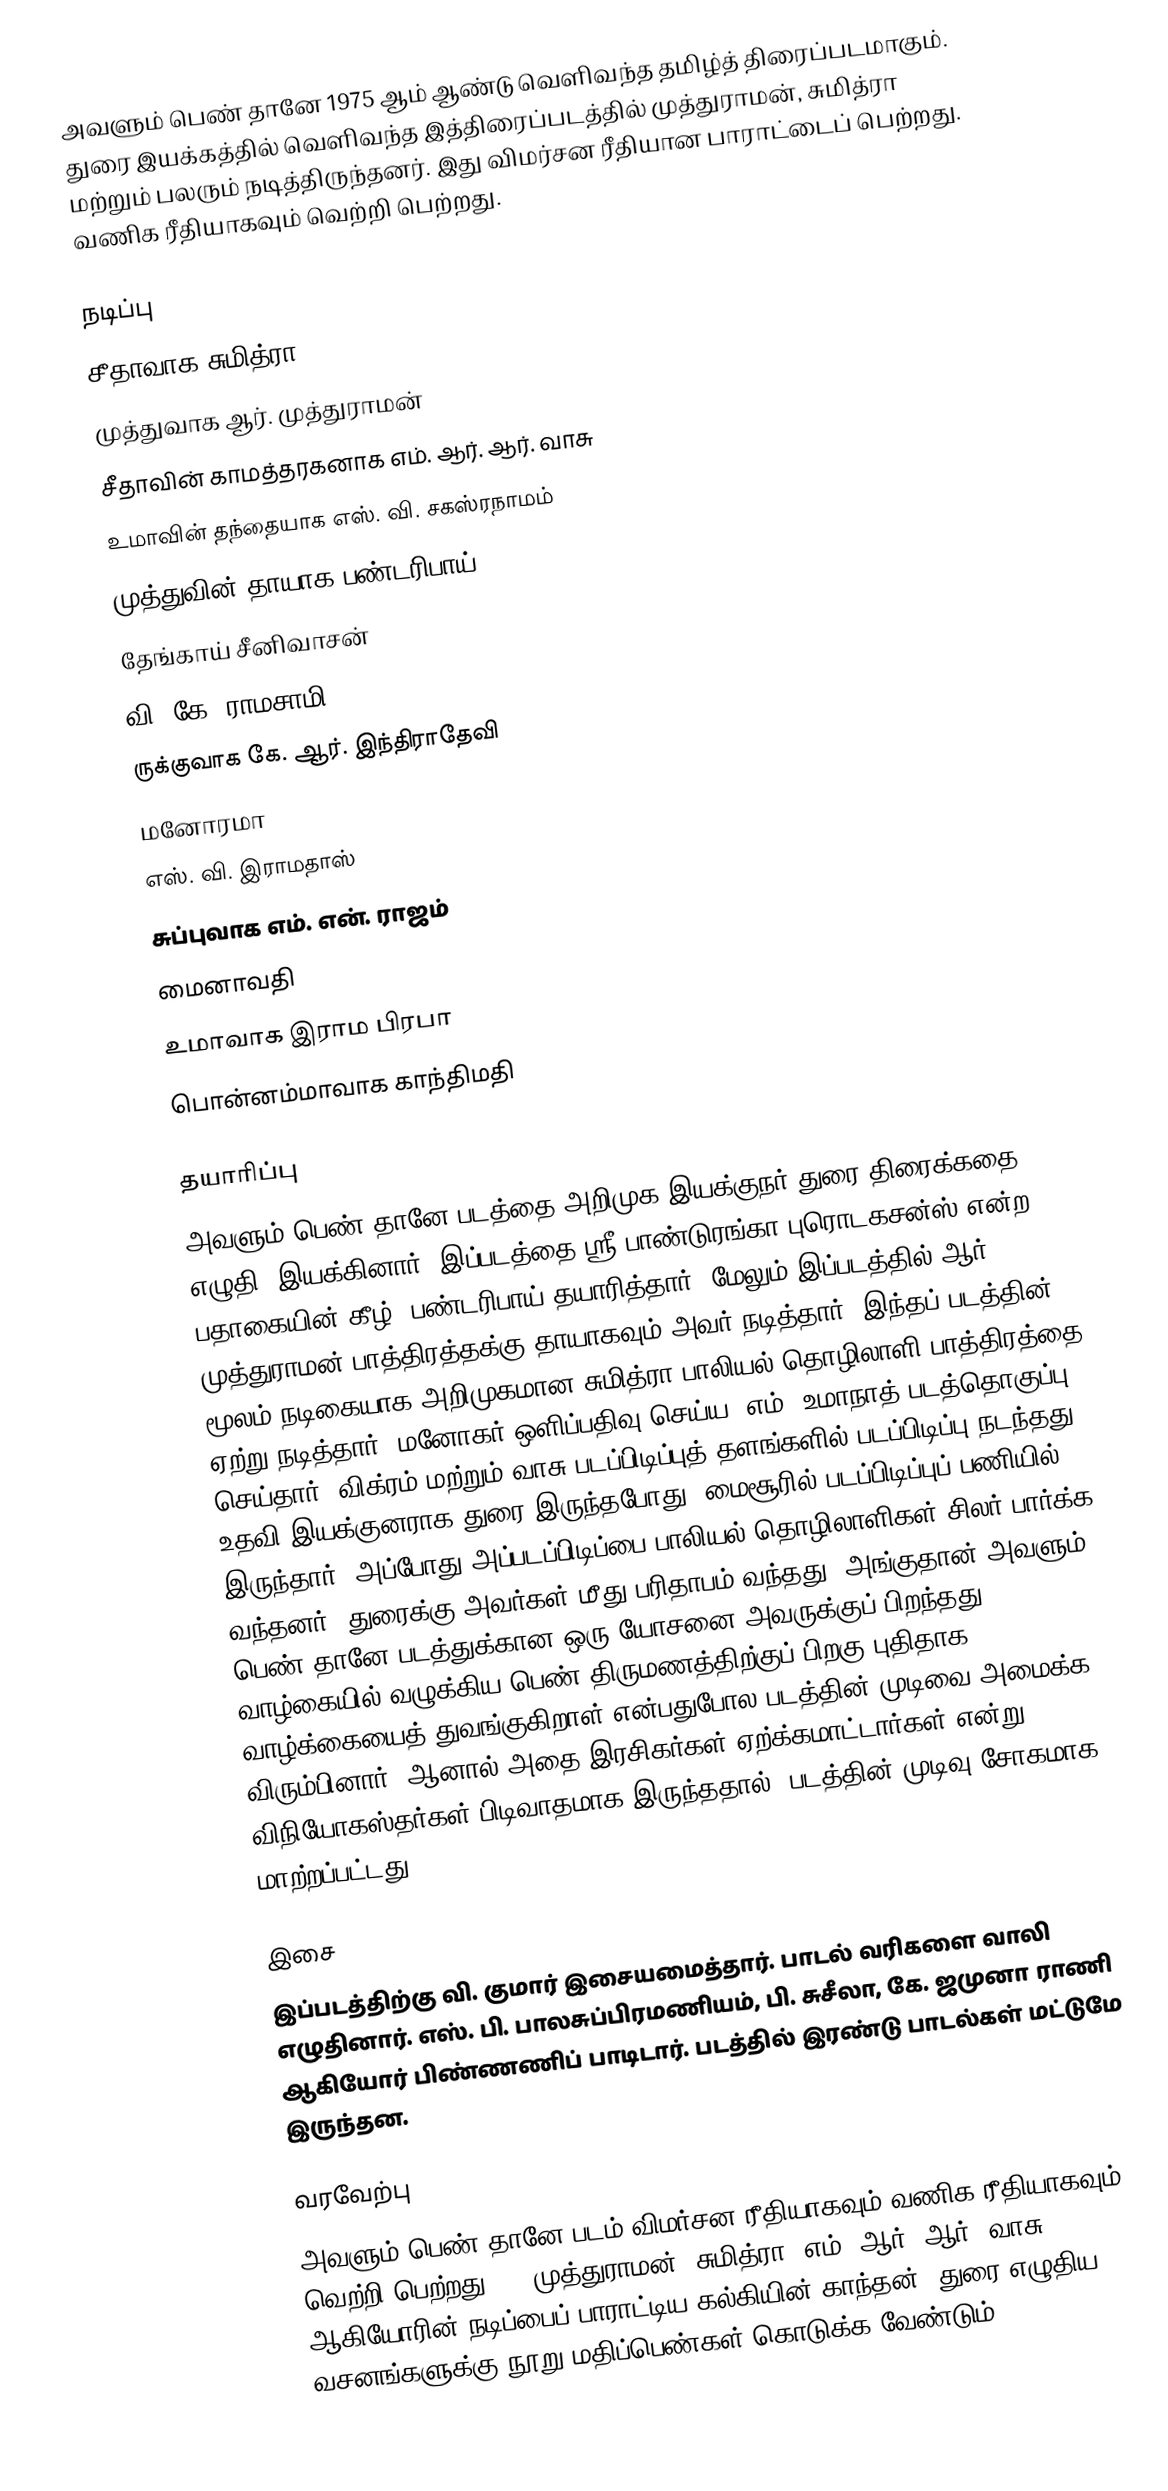
அவளும் பெண் தானே 1975 ஆம் ஆண்டு வெளிவந்த தமிழ்த் திரைப்படமாகும். துரை இயக்கத்தில் வெளிவந்த இத்திரைப்படத்தில் முத்துராமன், சுமித்ரா மற்றும் பலரும் நடித்திருந்தனர். இது விமர்சன ரீதியான பாராட்டைப் பெற்றது. வணிக ரீதியாகவும் வெற்றி பெற்றது.

நடிப்பு
 சீதாவாக சுமித்ரா
 முத்துவாக ஆர். முத்துராமன்
 சீதாவின் காமத்தரகனாக எம். ஆர். ஆர். வாசு
 உமாவின் தந்தையாக எஸ். வி. சகஸ்ரநாமம்
 முத்துவின் தாயாக பண்டரிபாய்
 தேங்காய் சீனிவாசன்
 வி. கே. ராமசாமி
 ருக்குவாக கே. ஆர். இந்திராதேவி
 மனோரமா
 எஸ். வி. இராமதாஸ்
 சுப்புவாக எம். என். ராஜம்
 மைனாவதி
 உமாவாக இராம பிரபா
 பொன்னம்மாவாக காந்திமதி

தயாரிப்பு
அவளும் பெண் தானே படத்தை அறிமுக இயக்குநர் துரை திரைக்கதை எழுதி, இயக்கினார். இப்படத்தை ஸ்ரீ பாண்டுரங்கா புரொடகசன்ஸ் என்ற பதாகையின் கீழ், பண்டரிபாய்  தயாரித்தார். மேலும் இப்படத்தில் ஆர். முத்துராமன் பாத்திரத்தக்கு தாயாகவும் அவர் நடித்தார். இந்தப் படத்தின் மூலம் நடிகையாக அறிமுகமான சுமித்ரா பாலியல் தொழிலாளி பாத்திரத்தை ஏற்று நடித்தார். மனோகர் ஒளிப்பதிவு செய்ய, எம். உமாநாத் படத்தொகுப்பு செய்தார். விக்ரம் மற்றும் வாசு படப்பிடிப்புத் தளங்களில் படப்பிடிப்பு நடந்தது. உதவி இயக்குனராக துரை இருந்தபோது, மைசூரில் படப்பிடிப்புப் பணியில் இருந்தார். அப்போது அப்படப்பிடிப்பை பாலியல் தொழிலாளிகள் சிலர் பார்க்க வந்தனர். துரைக்கு அவர்கள் மீது பரிதாபம் வந்தது. அங்குதான் அவளும் பெண் தானே படத்துக்கான ஒரு யோசனை அவருக்குப் பிறந்தது. வாழ்கையில் வழுக்கிய பெண் திருமணத்திற்குப் பிறகு புதிதாக வாழ்க்கையைத் துவங்குகிறாள் என்பதுபோல படத்தின் முடிவை அமைக்க விரும்பினார். ஆனால் அதை இரசிகர்கள் ஏற்க்கமாட்டார்கள் என்று விநியோகஸ்தர்கள் பிடிவாதமாக இருந்ததால், படத்தின் முடிவு சோகமாக மாற்றப்பட்டது.

இசை
இப்படத்திற்கு வி. குமார் இசையமைத்தார். பாடல் வரிகளை வாலி எழுதினார். எஸ். பி. பாலசுப்பிரமணியம், பி. சுசீலா, கே. ஜமுனா ராணி ஆகியோர் பிண்ணணிப் பாடிடார். படத்தில் இரண்டு பாடல்கள் மட்டுமே இருந்தன.

வரவேற்பு
அவளும் பெண் தானே படம் விமர்சன ரீதியாகவும் வணிக ரீதியாகவும் வெற்றி பெற்றது.[2] முத்துராமன், சுமித்ரா, எம். ஆர். ஆர். வாசு ஆகியோரின் நடிப்பைப் பாராட்டிய கல்கியின் காந்தன், துரை எழுதிய வசனங்களுக்கு நூறு மதிப்பெண்கள் கொடுக்க வேண்டும்